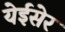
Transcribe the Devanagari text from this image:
येईसेर